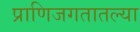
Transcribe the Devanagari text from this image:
प्राणिजगतातल्या